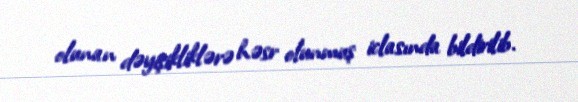
olunan dəyişikliklərə həsr olunmuş iclasında bildirilib.